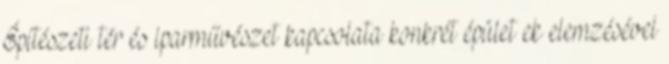
Építészeti tér és iparművészet kapcsolata konkrét épület ek elemzésével